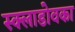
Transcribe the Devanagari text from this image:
स्क्लाडोवका